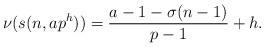
LaTeX: \begin{align*}\nu(s(n,ap^h)) = \frac{a-1-\sigma(n-1)}{p-1} +h.\end{align*}